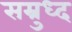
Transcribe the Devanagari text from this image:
सम्रुध्द